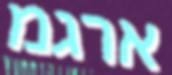
ארגמ